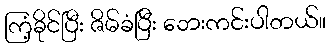
ကြံ့ခိုင်ပြီး ဇိမ်ခံပြီး ဘေးကင်းပါတယ်။